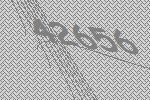
42656